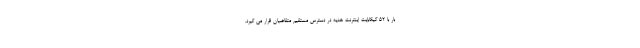
بار با ۵۲ گیگابایت اینترنت هدیه در دسترس مستقیم متقاضیان قرار می گیرد.